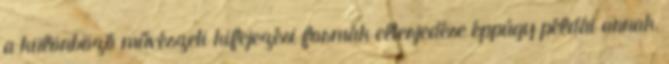
a különböző művészeti kifejezési formák elterjedése éppúgy példái annak,